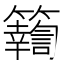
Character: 𥷚